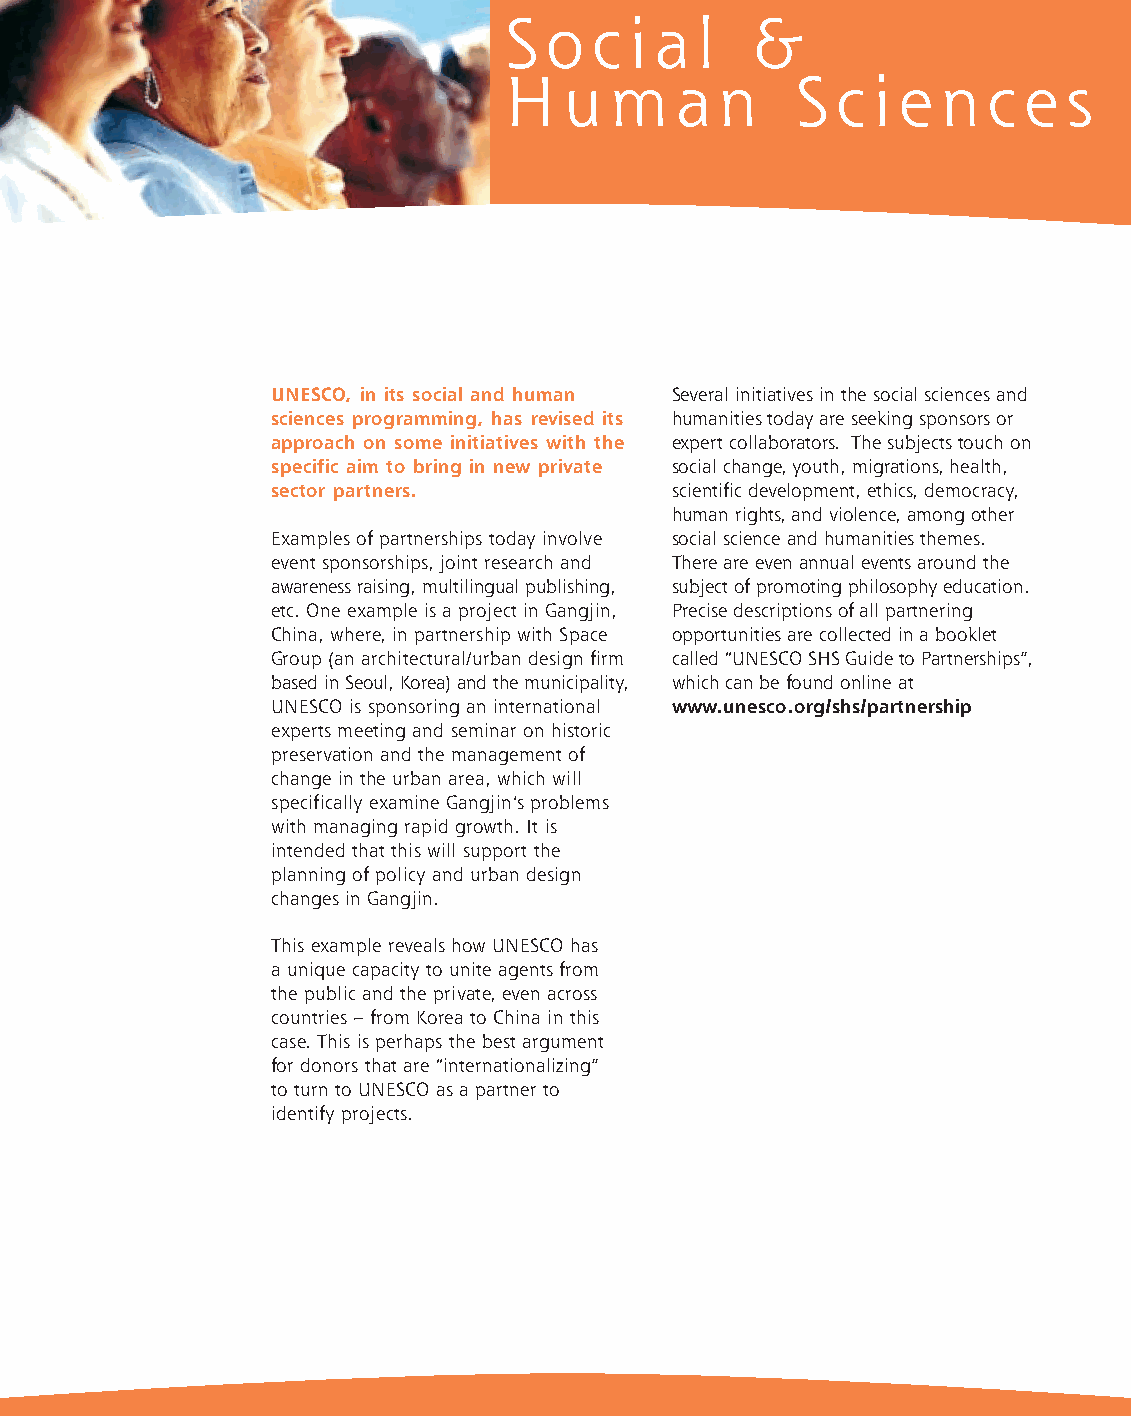
fiches_partners_UK 1/11/06 16:47 Page 7
 S  o  c i a  l  &
 H   u  m   a  n    S  c i e  n  c e  s
 UNESCO, in its social and human Several initiatives in the social sciences and
 sciences programming, has revised its humanities today are seeking sponsors or
 approach on some initiatives with the expert collaborators. The subjects touch on
 specific aim to bring in new private social change, youth, migrations, health,
 sector partners.           scientific development, ethics, democracy,
 human rights, and violence, among other
 Examples of partnerships today involve social science and humanities themes.
 event sponsorships, joint research and There are even annual events around the
 awareness raising, multilingual publishing, subject of promoting philosophy education.
 etc. One example is a project in Gangjin, Precise descriptions of all partnering
 China, where, in partnership with Space opportunities are collected in a booklet
 Group (an architectural/urban design firm called “UNESCO SHS Guide to Partnerships”,
 based in Seoul, Korea) and the municipality, which can be found online at
 UNESCO is sponsoring an international www.unesco.org/shs/partnership
 experts meeting and seminar on historic
 preservation and the management of
 change in the urban area, which will
 specifically examine Gangjin’s problems
 with managing rapid growth. It is
 intended that this will support the
 planning of policy and urban design
 changes in Gangjin.
 This example reveals how UNESCO has
 a unique capacity to unite agents from
 the public and the private, even across
 countries – from Korea to China in this
 case. This is perhaps the best argument
 for donors that are “internationalizing”
 to turn to UNESCO as a partner to
 identify projects.